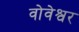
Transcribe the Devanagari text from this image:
वोवेश्वर